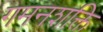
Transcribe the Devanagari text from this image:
गमनशक्ति